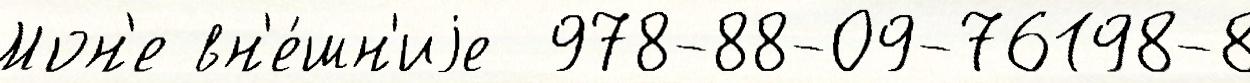
Мон'е вн'е́шн'иjе  978-88-09-76198-8